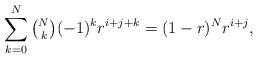
LaTeX: \begin{align*}\sum_{k=0}^N\tbinom{N}{k}(-1)^kr^{i+j+k} = (1-r)^Nr^{i+j},\end{align*}